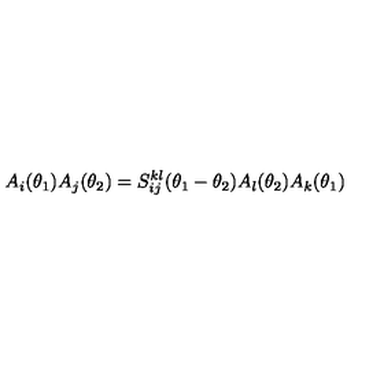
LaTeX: A _ { i } ( \theta _ { 1 } ) A _ { j } ( \theta _ { 2 } ) = S _ { i j } ^ { k l } ( \theta _ { 1 } - \theta _ { 2 } ) A _ { l } ( \theta _ { 2 } ) A _ { k } ( \theta _ { 1 } )